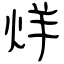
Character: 烊